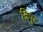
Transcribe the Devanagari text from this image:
त्रिपुट